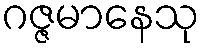
ဂဇ္ဇမာနေသု